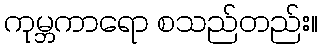
ကုမ္ဘကာရော စသည်တည်း။